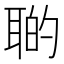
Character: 𦖡